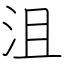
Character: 沮